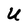
Character: U